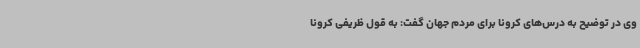
وی در توضیح به درس‌های کرونا برای مردم جهان گفت: به قول ظریفی کرونا